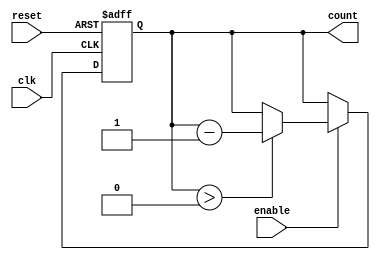
module down_counter (
    input wire clk,        // Clock signal
    input wire reset,      // Asynchronous reset signal
    input wire enable,     // Enable signal
    output reg [n-1:0] count // Count output (n-bit)
);
    
    parameter n = 3; // Change this to set the width of the counter

    // State transition and output logic
    always @(posedge clk or posedge reset) begin
        if (reset) begin
            count <= n; // Initialize counter to maximum value (2^n - 1)
        end else if (enable) begin
            if (count > 0) begin
                count <= count - 1; // Decrement count
            end
            // If count is 0, it will remain at 0 until reset or enable triggers again
        end
    end

endmodule